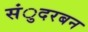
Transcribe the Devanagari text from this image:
संुदरबन